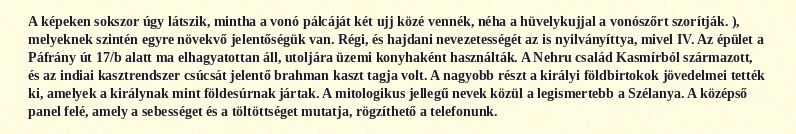
A képeken sokszor úgy látszik, mintha a vonó pálcáját két ujj közé vennék, néha a hüvelykujjal a vonószőrt szorítják. ), melyeknek szintén egyre növekvő jelentőségük van. Régi, és hajdani nevezetességét az is nyilványíttya, mivel IV. Az épület a Páfrány út 17/b alatt ma elhagyatottan áll, utoljára üzemi konyhaként használták. A Nehru család Kasmírból származott, és az indiai kasztrendszer csúcsát jelentő brahman kaszt tagja volt. A nagyobb részt a királyi földbirtokok jövedelmei tették ki, amelyek a királynak mint földesúrnak jártak. A mitologikus jellegű nevek közül a legismertebb a Szélanya. A középső panel felé, amely a sebességet és a töltöttséget mutatja, rögzíthető a telefonunk.